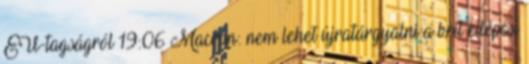
EU-tagságról 19:06 Macron: nem lehet újratárgyalni a brit kilépési